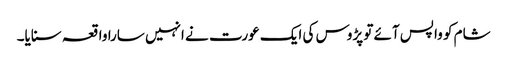
شام کو واپس آئے تو پڑوس کی ایک عورت نے انہیں سارا واقعہ سنایا۔